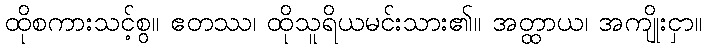
ထိုစကားသင့်စွ။ ဧတဿ၊ ထိုသူရိယမင်းသား၏။ အတ္ထာယ၊ အကျိုးငှာ။